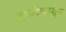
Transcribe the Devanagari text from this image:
स्फटिकाश्म